65_HS1-834228961_62-HQ-83894_Section_4
Agency: FBI
Page 115
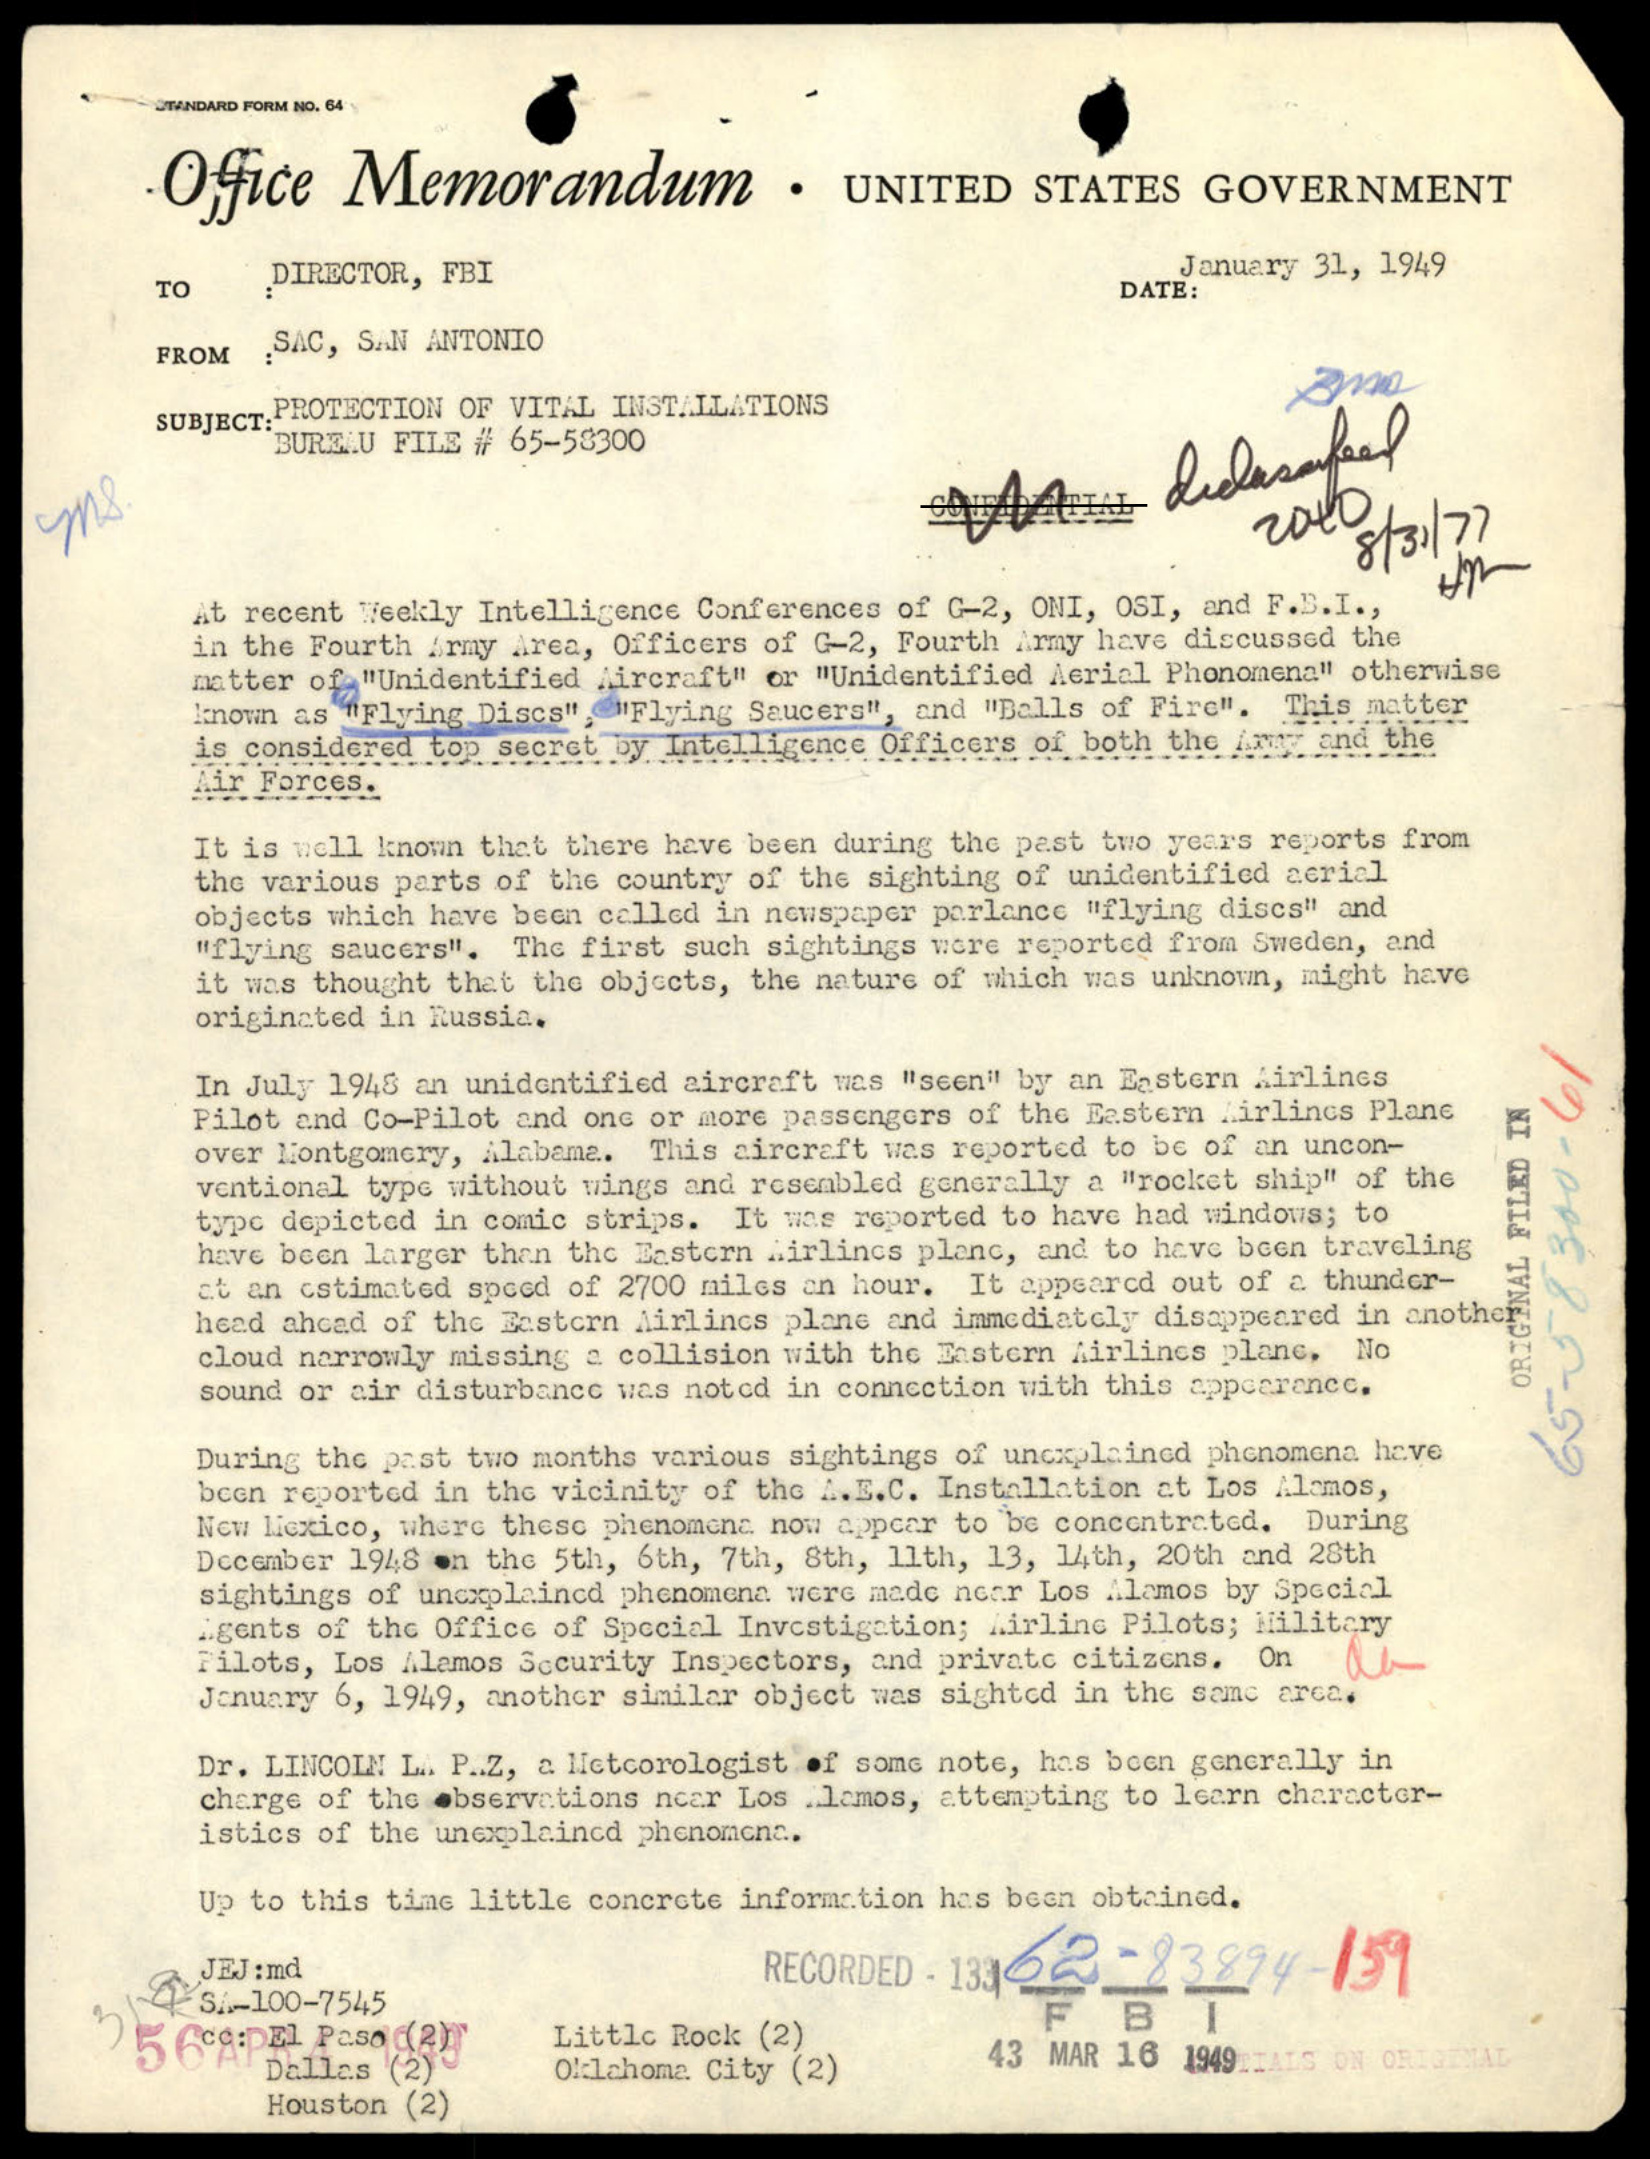